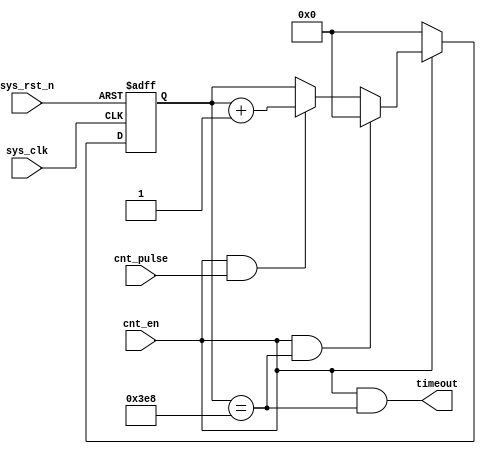
`timescale 1ns / 1ps
////////////////////////////////////////////////////////////////////////////////
// Company: 
// Engineer:
//
// Create Date:   
// Design Name:    
// Module Name:    timer_1ms
// Project Name:   
// Target Device:  
// Tool versions:  
// Description:
//
// Dependencies:
// 
// Revision:
// Revision 0.01 - File Created
// Additional Comments:
// 
////////////////////////////////////////////////////////////////////////////////
//`include "timer_define.v"

module timer_1ms(sys_clk, sys_rst_n, cnt_en, cnt_pulse, timeout);
    input sys_clk;
    input sys_rst_n;
    input cnt_en;
    input cnt_pulse;
    output timeout;

	 //*********************
    // Port Types        **
    //*********************

    wire sys_clk;
    wire sys_rst_n;
    wire cnt_en;
    wire cnt_pulse;
    wire timeout;

    //*********************
    //local signals      **								  
    //*********************

    reg[9:0] one_ms_cntr;

   `define COUNT_1MS           10'd1000
   
    always@(posedge sys_clk or negedge sys_rst_n)
    begin
        if (sys_rst_n == 1'b0)
            one_ms_cntr <= 10'b0;
        else if (cnt_en == 1'b0)    // Reset counter when counter enable is deasserted
            one_ms_cntr <= 10'b0;            
        else if ((cnt_en == 1'b1) && (one_ms_cntr == `COUNT_1MS))
            one_ms_cntr <= 10'b0;
        else if ((cnt_en == 1'b1) && (cnt_pulse == 1'b1))
            one_ms_cntr <= one_ms_cntr + 1'b1;
        else
            one_ms_cntr <= one_ms_cntr;
    end

    assign timeout = (cnt_en == 1'b1) & (one_ms_cntr == `COUNT_1MS);

endmodule